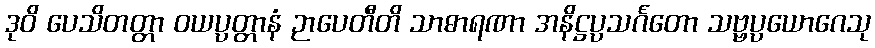
ဒုဝိ ပေသိတတ္တာ ဝယပ္ပတ္တာနံ ဉာပေတီတိ သာဓာရဏာ အနိဋ္ဌပ္ပသင်္ဂတော သဗ္ဗပ္ပယောဂေသု